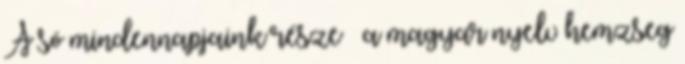
A só mindennapjaink része – a magyar nyelv hemzseg